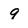
Character: 9